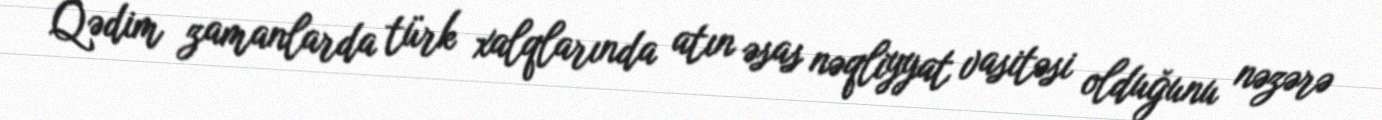
Qədim zamanlarda türk xalqlarında atın əsas nəqliyyat vasitəsi olduğunu nəzərə